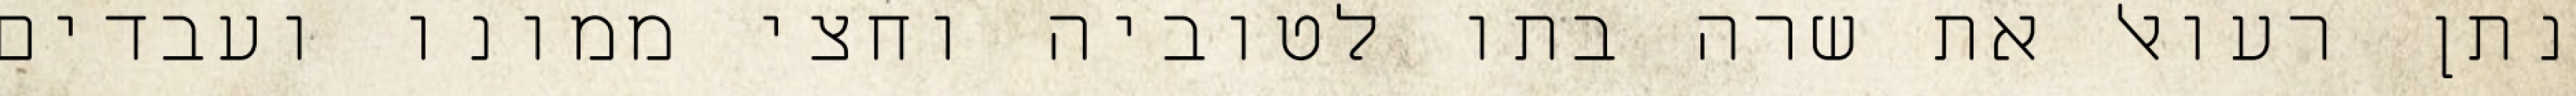
נתן רעואל את שרה בתו לטוביה וחצי ממונו ועבדים